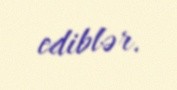
ediblər.